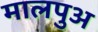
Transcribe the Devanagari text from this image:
मालपुअ